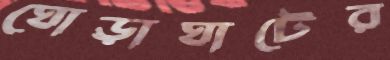
ঘোড়াঘাটের